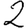
Digit: 2